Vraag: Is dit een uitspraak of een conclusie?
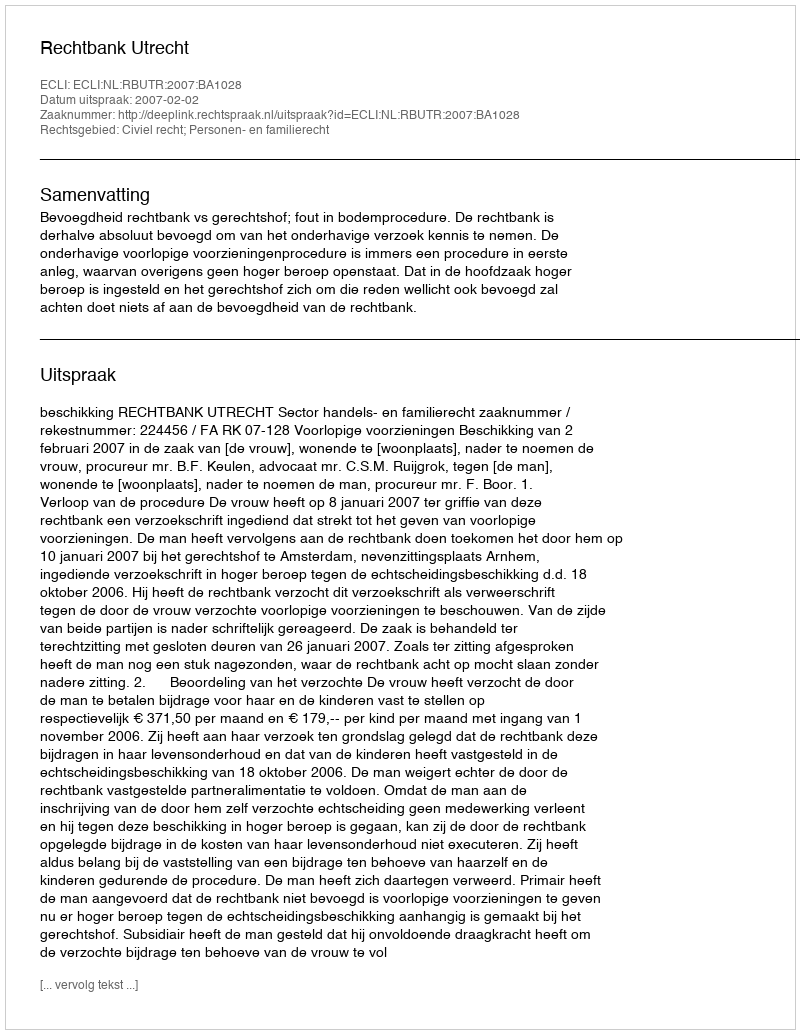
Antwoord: Uitspraak